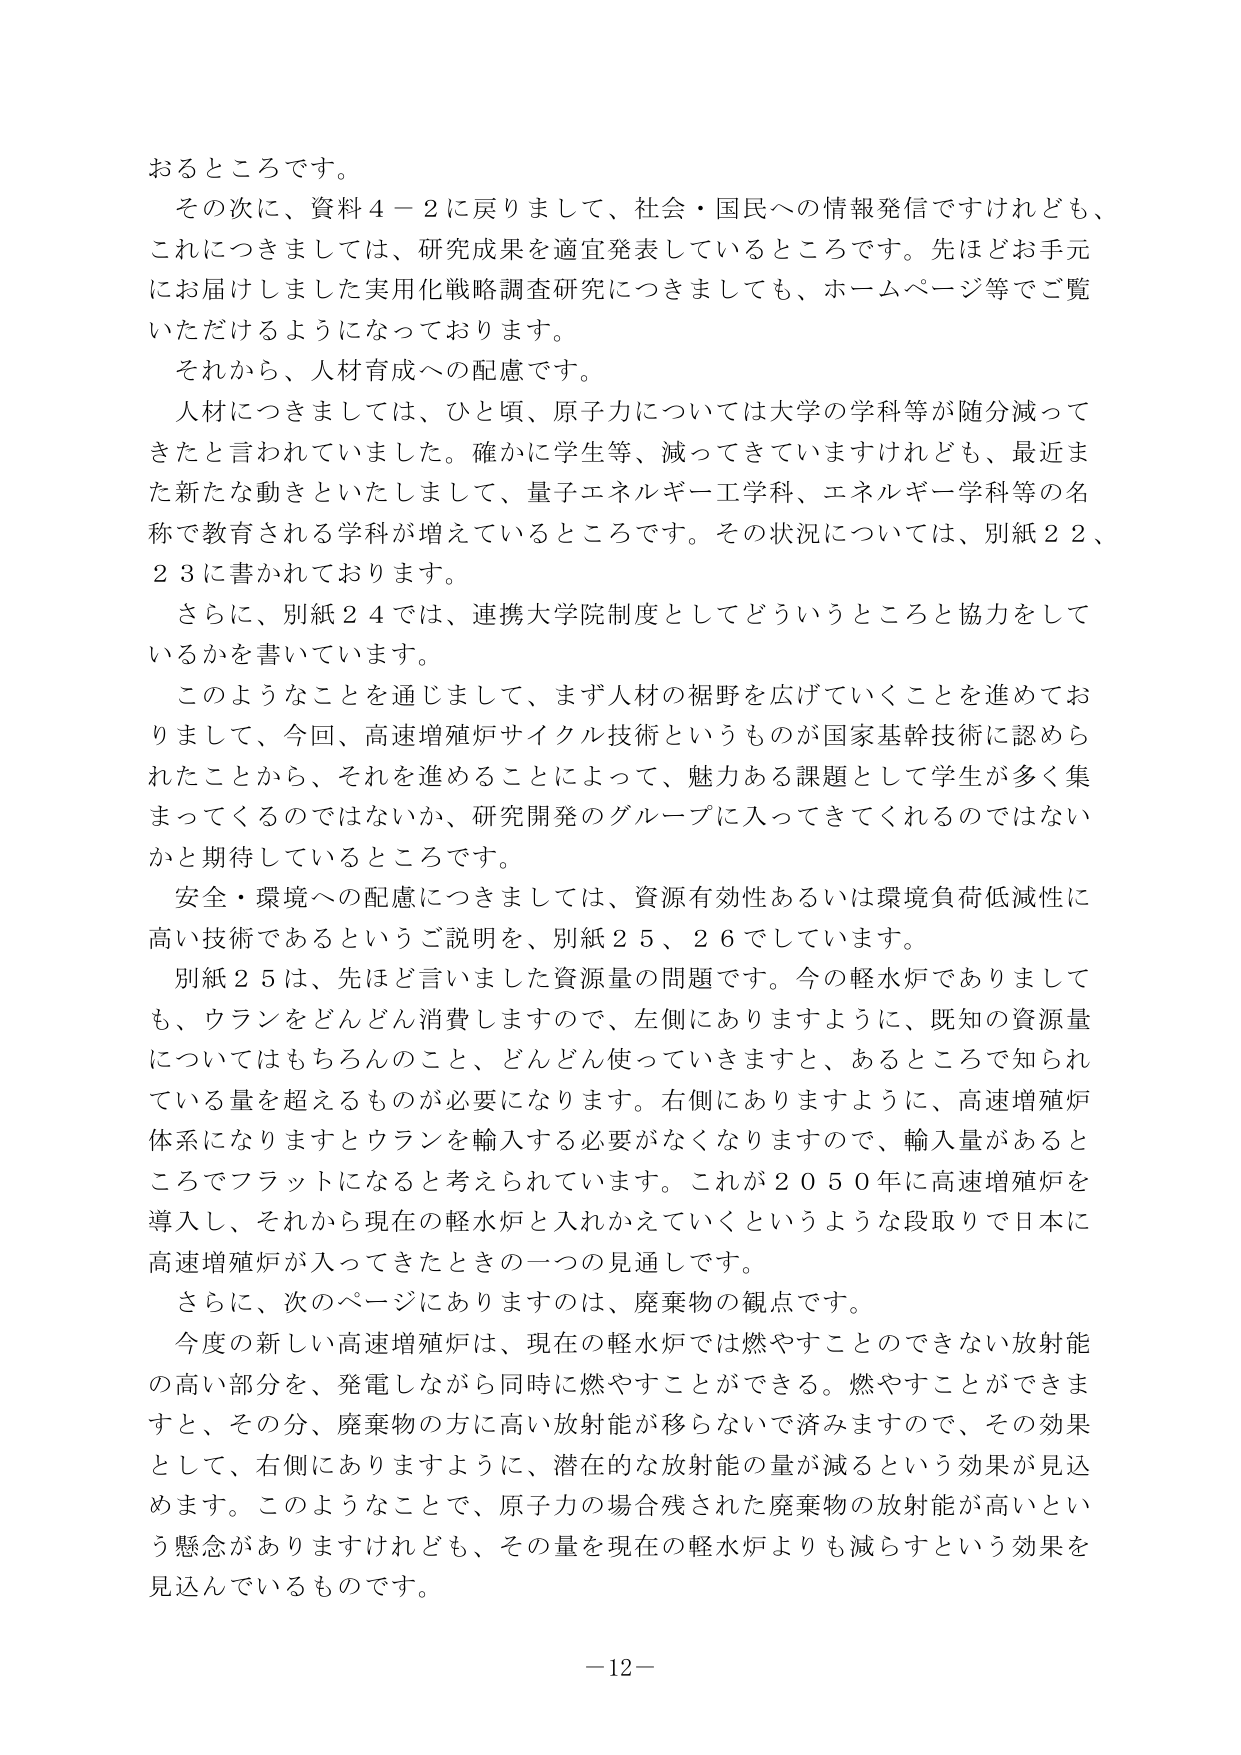
おるところです。

その次に、資料４－２に戻りまして、社会・国民への情報発信ですけれども、これにつきましては、研究成果を適宜発表しているところです。先ほどお手元にお届けしました実用化戦略調査研究につきましても、ホームページ等でご覧いただけるようになっております。

それから、人材育成への配慮です。

人材につきましては、ひと頃、原子力については大学の学科等が随分減ってきたと言われていました。確かに学生等、減ってきていますけれども、最近また新たな動きといたしまして、量子エネルギー工学科、エネルギー学科等の名称で教育される学科が増えているところです。その状況については、別紙２２、２３に書かれております。

さらに、別紙２４では、連携大学院制度としてどういうところと協力をしているかを書いています。

このようなことを通じまして、まず人材の裾野を広げていくことを進めておりまして、今回、高速増殖炉サイクル技術というものが国家基幹技術に認められたことから、それを進めることによって、魅力ある課題として学生が多く集まってくるのではないか、研究開発のグループに入ってきてくれるのではないかと期待しているところです。

安全・環境への配慮につきましては、資源有効性あるいは環境負荷低減性に高い技術であるというご説明を、別紙２５、２６でしています。

別紙２５は、先ほど言いました資源量の問題です。今の軽水炉でありましても、ウランをどんどん消費しますので、左側にありますように、既知の資源量についてはもちろんのこと、どんどん使っていきますと、あるところで知られている量を超えるものが必要になります。右側にありますように、高速増殖炉体系になりますとウランを輸入する必要がなくなりますので、輸入量があるところでフラットになると考えられています。これが２０５０年に高速増殖炉を導入し、それから現在の軽水炉と入れかえていくというような段取りで日本に高速増殖炉が入ってきたときの一つの見通しです。

さらに、次のページにありますのは、廃棄物の観点です。

今度の新しい高速増殖炉は、現在の軽水炉では燃やすことのできない放射能の高い部分を、発電しながら同時に燃やすことができる。燃やすことができますと、その分、廃棄物の方に高い放射能が移らないで済みますので、その効果として、右側にありますように、潜在的な放射能の量が減るという効果が見込めます。このようなことで、原子力の場合残された廃棄物の放射能が高いという懸念がありますけれども、その量を現在の軽水炉よりも減らすという効果を見込んでいるものです。

－12－